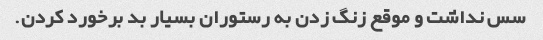
سس نداشت و موقع زنگ زدن به رستوران بسیار بد برخورد کردن.